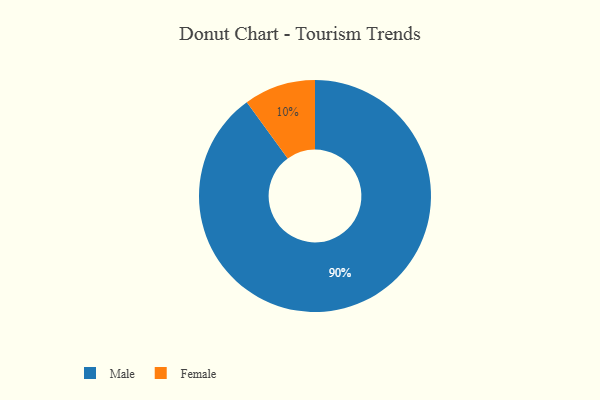
{"axis": {"x": "Category", "y": "Percentage"}, "legend": ["Female", "Male"], "data": [{"x": "Female", "y": 10, "type": "Female"}, {"x": "Male", "y": 90, "type": "Male"}]}